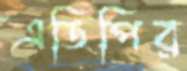
এডিপির